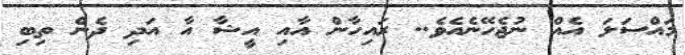
މައްސަލަ އެއް ނުޖެހޭނެއެވެ.. ރައިހާން އާއި އީޝާ އާ އަދި ދެން ތިބި